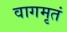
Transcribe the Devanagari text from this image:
वागमृतं